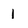
Character: l